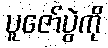
ပူဇော်ပွဲကို